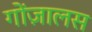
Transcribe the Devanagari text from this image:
गोंज़ालस